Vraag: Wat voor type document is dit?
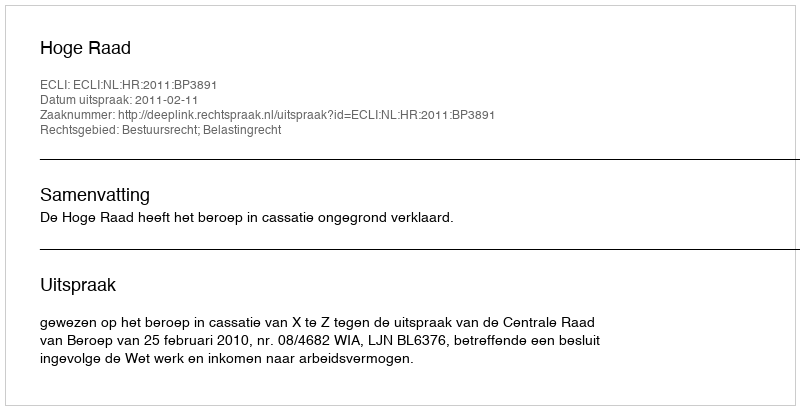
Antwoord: Uitspraak